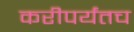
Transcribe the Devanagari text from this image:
करीपर्यंतच